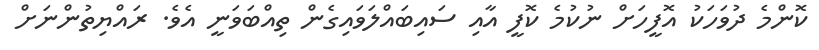
ކޮންމެ ދުވަހަކު އޮފީހަށް ނުކުމެ ކޮފީ އާއި ސައިބައްލަވައިގެން ތިއްބަވަނީ އެވެ. ރައްޔިތުންނަށް